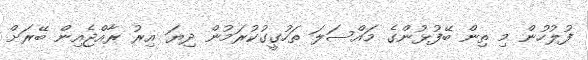
ފުލުހުން މި ތިން ބޭފުޅުންގެ މައްސަލަ ތަހުގީގުކުރަމުން ދިޔަ އިރު ރާއްޖެއިން ބޭރަށް